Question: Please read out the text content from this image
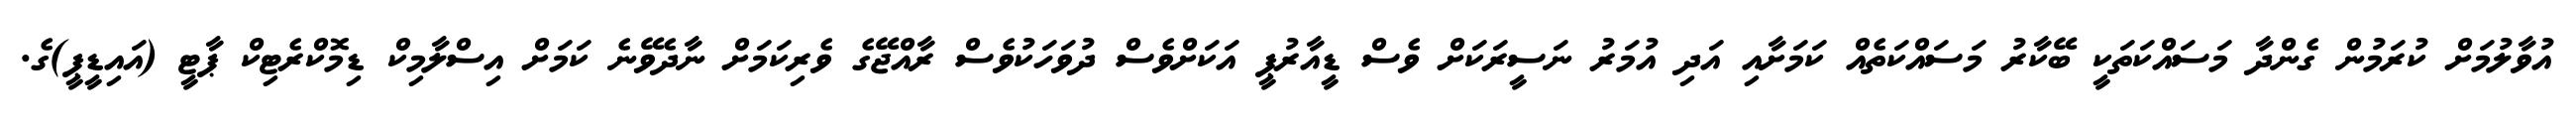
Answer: އުވާލުމަށް ކުރަމުން ގެންދާ މަސައްކަތަކީ ބޭކާރު މަސައްކަތެއް ކަމަށާއި އަދި އުމަރު ނަސީރަކަށް ވެސް ޑީއާރުޕީ އަކަށްވެސް ދުވަހަކުވެސް ރާއްޖޭގެ ވެރިކަމަށް ނާދެވޭނެ ކަމަށް އިސްލާމިކް ޑިމޮކްރެޓިކް ޕާޓީ (އައިޑީޕީ)ގެ.